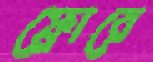
ফ্লোরে